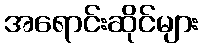
အရောင်းဆိုင်များ